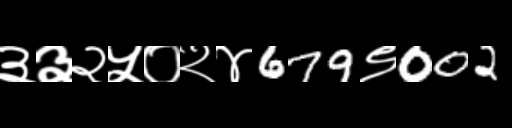
Text: ३३२५०२४679९002